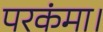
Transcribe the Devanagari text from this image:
परकंमा।